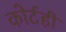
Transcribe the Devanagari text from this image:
कोर्टही